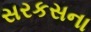
સરકસના